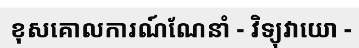
ខុសគោលការណ៍ណែនាំ - វិទ្យុវាយោ -